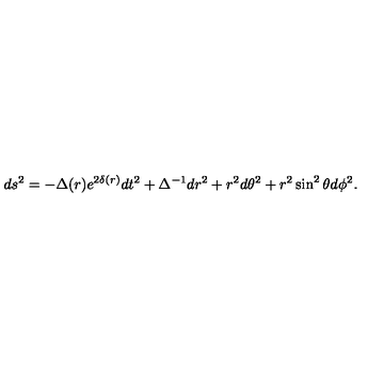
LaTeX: d s ^ { 2 } = - \Delta ( r ) e ^ { 2 \delta ( r ) } d t ^ { 2 } + \Delta ^ { - 1 } d r ^ { 2 } + r ^ { 2 } d \theta ^ { 2 } + r ^ { 2 } \sin ^ { 2 } \theta d \phi ^ { 2 } .